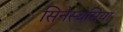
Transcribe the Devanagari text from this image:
सिनेस्थेसिया